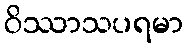
ဝိဿာသပရမာ